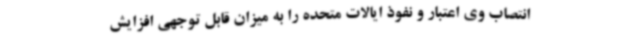
انتصاب وی اعتبار و نفوذ ایالات متحده را به میزان قابل توجهی افزایش